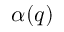
\alpha ( q )